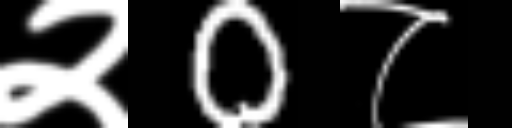
Text: २0८